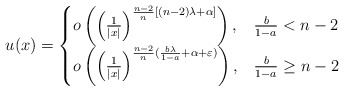
\begin{align*} u(x)= \begin{cases} o\left( \left(\frac{1}{|x|}\right)^{\frac{n-2}{n}[(n-2)\lambda+\alpha]} \right), &\frac{b}{1-a}<n-2\\ o\left( \left(\frac{1}{|x|}\right)^{\frac{n-2}{n} (\frac{b\lambda}{1-a}+\alpha+\varepsilon)} \right), &\frac{b}{1-a}\geq n-2 \end{cases} \end{align*}